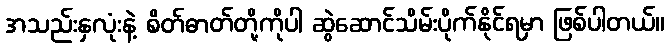
အသည်းနှလုံးနဲ့ စိတ်ဓာတ်တို့ကိုပါ ဆွဲဆောင်သိမ်းပိုက်နိုင်ရမှာ ဖြစ်ပါတယ်။